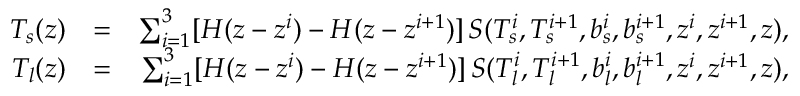
\begin{array} { r l r } { T _ { s } ( z ) } & { = } & { \sum _ { i = 1 } ^ { 3 } [ H ( z - z ^ { i } ) - H ( z - z ^ { i + 1 } ) ] \, S ( T _ { s } ^ { i } , T _ { s } ^ { i + 1 } , b _ { s } ^ { i } , b _ { s } ^ { i + 1 } , z ^ { i } , z ^ { i + 1 } , z ) , } \\ { T _ { l } ( z ) } & { = } & { \sum _ { i = 1 } ^ { 3 } [ H ( z - z ^ { i } ) - H ( z - z ^ { i + 1 } ) ] \, S ( T _ { l } ^ { i } , T _ { l } ^ { i + 1 } , b _ { l } ^ { i } , b _ { l } ^ { i + 1 } , z ^ { i } , z ^ { i + 1 } , z ) , } \end{array}